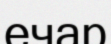
ечар